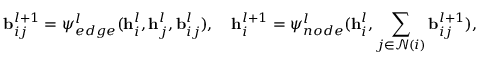
\mathbf { b } _ { i j } ^ { l + 1 } = \psi _ { e d g e } ^ { l } ( \mathbf { h } _ { i } ^ { l } , \mathbf { h } _ { j } ^ { l } , \mathbf { b } _ { i j } ^ { l } ) , ~ ~ ~ \mathbf { h } _ { i } ^ { l + 1 } = \psi _ { n o d e } ^ { l } ( \mathbf { h } _ { i } ^ { l } , \sum _ { j \in \mathcal { N } ( i ) } { \mathbf { b } _ { i j } ^ { l + 1 } } ) ,